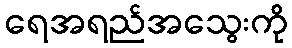
ရေအရည်အသွေးကို